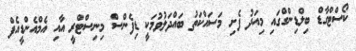
ކޯސްޓްގާޑް ބިލްޑިންގްގައި މިއަދު ފެށި މަސައްކަތު ބައްދަލުވުމަކީ ޑިފެންސް މިނިސްޓްރީ އާއި އެމްއެންޑީއެފް